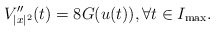
\begin{align*} V''_{|x|^2} (t) = 8 G(u(t)), \forall t\in I_{\max}.\end{align*}